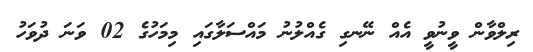
ރިލްވާން ވީނުވީ އެއް ނޭނގި ގެއްލުނު މައްސަލާގައި މިމަހުގެ 02 ވަނަ ދުވަހު